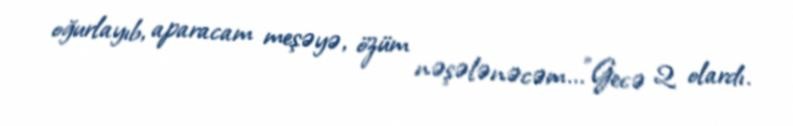
oğurlayıb, aparacam meşəyə, özüm nəşələnəcəm...”Gecə 2 olardı.